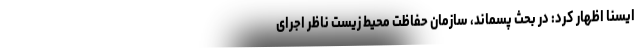
ایسنا اظهار کرد: در بحث پسماند، سازمان حفاظت محیط زیست ناظر اجرای